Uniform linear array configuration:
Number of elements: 8
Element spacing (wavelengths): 0.25
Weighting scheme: hamming
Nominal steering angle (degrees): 60
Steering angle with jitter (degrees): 59.688
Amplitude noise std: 0.05
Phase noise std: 0.05

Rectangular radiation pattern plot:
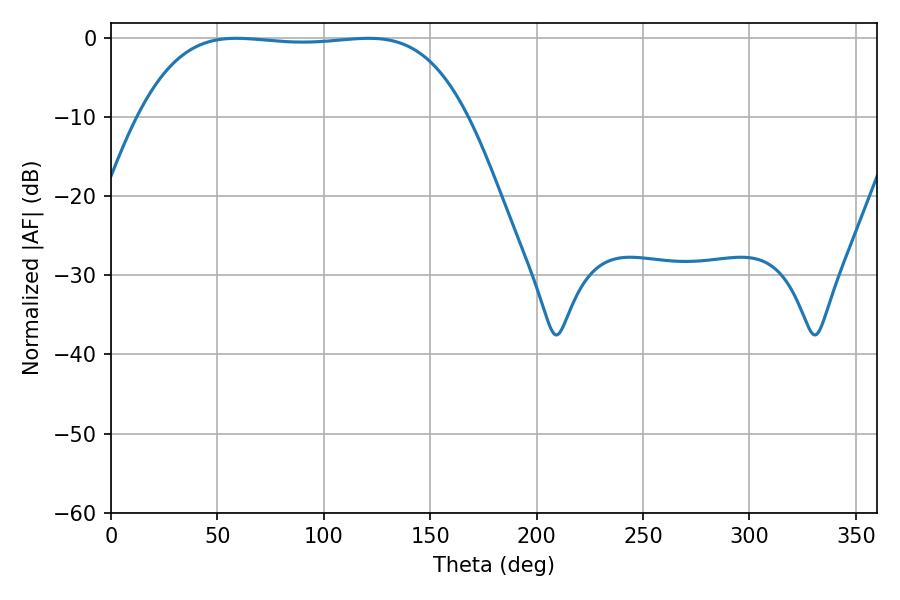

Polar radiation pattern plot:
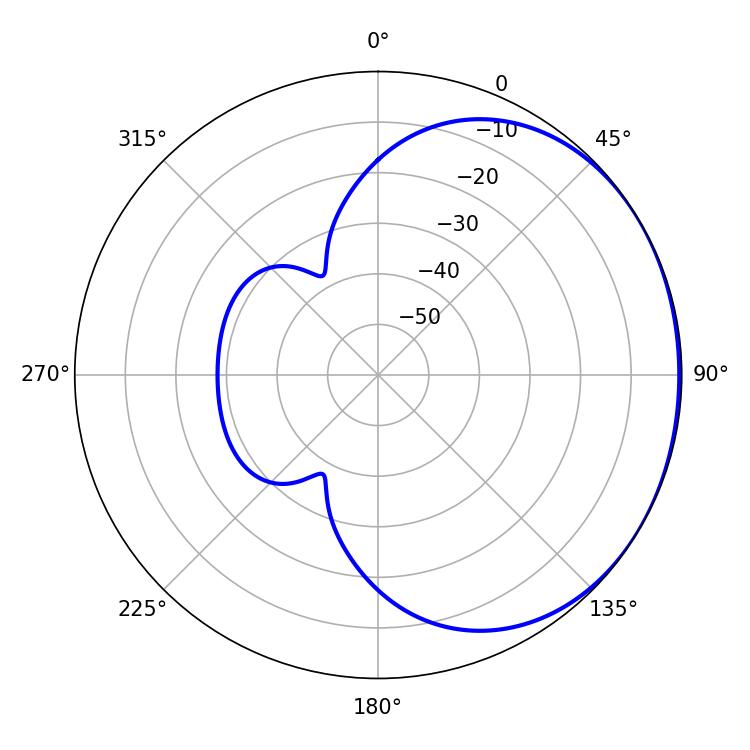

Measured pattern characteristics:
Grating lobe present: FALSE
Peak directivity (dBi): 0.8627
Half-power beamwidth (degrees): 120.24
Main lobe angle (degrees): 58.86